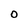
Character: O